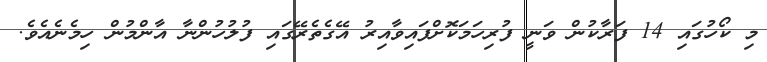
މި ކޯހުގައި 14 ފަރާކުން ވަނީ ފުރިހަމަކޮށްފައިވާއިރު އޭގެތެރޭގައި ފުލުހުންނާ އާންމުން ހިމެނެއެވެ.